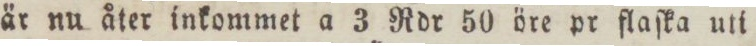
är nu åter inkommet a 3 Rdr 50 öre pr flaſka uti